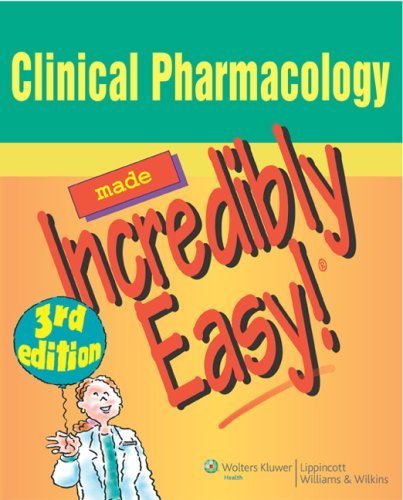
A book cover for Clinical Pharmacology Made Incredibly Easy by Springhouse. (Lippincott Williams & Wilkins,2008) [Paperback] Third (3rd) Edition; Medical Books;